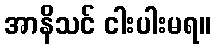
အာနိသင် ငါးပါးမရ။